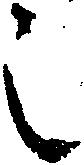
之